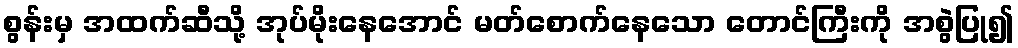
စွန်းမှ အထက်ဆီသို့ အုပ်မိုးနေအောင် မတ်စောက်နေသော တောင်ကြီးကို အစွဲပြု၍